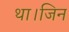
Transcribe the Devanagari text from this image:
था।जिन